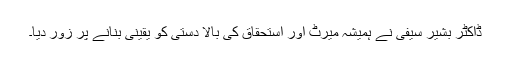
ڈاکٹر بشیر سیفی نے ہمیشہ میرٹ اور استحقاق کی بالا دستی کو یقینی بنانے پر زور دیا۔